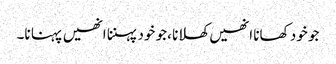
جو خود کھانا انھیں کھلانا ،جو خود پہننا انھیں پہنا نا۔